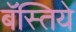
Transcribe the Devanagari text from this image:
बॅस्तिये